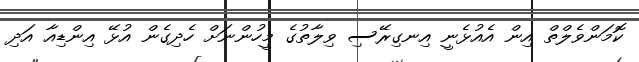
ކޮމަންވެލްތް އިން އެއުޅެނީ އިނގިރޭސި ވިލާތުގެ މީހުންނަށް ހެދިގެން އުޅޭ އިންޑިއާ އަދި